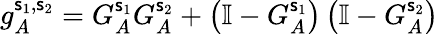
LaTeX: g_{A}^{\mathsf{s}_{1},\mathsf{s}_{2}}=G_{A}^{\mathsf{s}_{1}}G_{A}^{\mathsf{s}_{2}}+\left(\mathbb{{I}}-G_{A}^{\mathsf{s}_{1}}\right)\left(\mathbb{{I}}-G_{A}^{\mathsf{s}_{2}}\right)